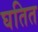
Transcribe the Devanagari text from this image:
घतित